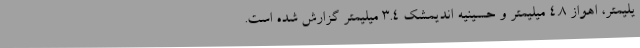
یلیمتر، اهواز 4.8 میلیمتر و حسینیه اندیمشک 3.4 میلیمتر گزارش شده است.